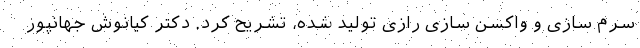
سرم سازی و واکسن سازی رازی تولید شده، تشریح کرد. دکتر کیانوش جهانپور